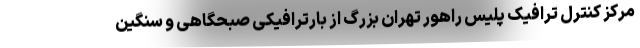
مرکز کنترل ترافیک پلیس راهور تهران بزرگ از بارترافیکی صبحگاهی و سنگین